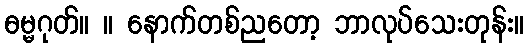
ဓမ္မဂုတ်။ ။ နောက်တစ်ညတော့ ဘာလုပ်သေးတုန်း။